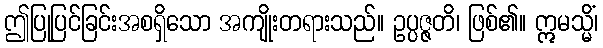
ဤပြုပြင်ခြင်းအစရှိသော အကျိုးတရားသည်။ ဥပ္ပဇ္ဇတိ၊ ဖြစ်၏။ ဣမသ္မိံ၊